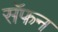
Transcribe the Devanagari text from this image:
सॅफन